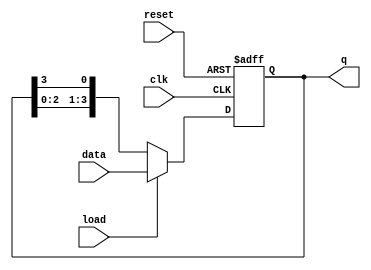
module loadable_ring_counter (
    input wire clk,          // Clock input
    input wire reset,        // Asynchronous reset input
    input wire load,         // Load input
    input wire [N-1:0] data, // Data input for loading
    output reg [N-1:0] q     // Output state of the counter
);
    parameter N = 4; // Number of flip-flops (adjust as needed)

    always @(posedge clk or posedge reset) begin
        if (reset) begin
            // Asynchronous reset: set all to 0, except the first flip-flop
            q <= 1'b1; // Initialize the first flip-flop to '1'
        end else if (load) begin
            // Load the specified value into the counter
            q <= data;
        end else begin
            // Shift the '1' bit in a circular manner
            q <= {q[N-2:0], q[N-1]}; // Shift left and wrap around
        end
    end
endmodule